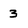
Character: 3